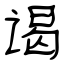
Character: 谒